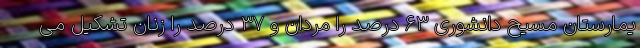
یمارستان مسیح دانشوری ۶۳ درصد را مردان و ۳۷ درصد را زنان تشکیل می